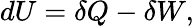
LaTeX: dU=\delta Q-\delta W,